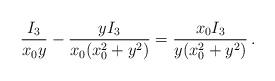
LaTeX: \begin{align*}\frac{I_3}{x_0 y} -\frac{y I_3}{x_0(x_0^2+y^2)}=\frac{x_0 I_3}{y(x_0^2+y^2) }\, .\end{align*}